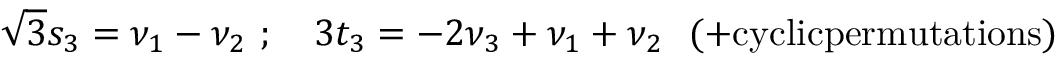
{ \sqrt 3 } s _ { 3 } = \nu _ { 1 } - \nu _ { 2 } \ ; \quad 3 t _ { 3 } = - 2 \nu _ { 3 } + \nu _ { 1 } + \nu _ { 2 } \ \ ( + \mathrm { c y c l i c p e r m u t a t i o n s } )